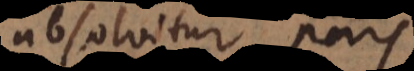
absolvitur pars